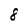
Character: 8